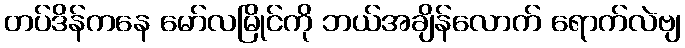
တပ်ဒိန်ကနေ မော်လမြိုင်ကို ဘယ်အချိန်လောက် ရောက်လဲဗျ